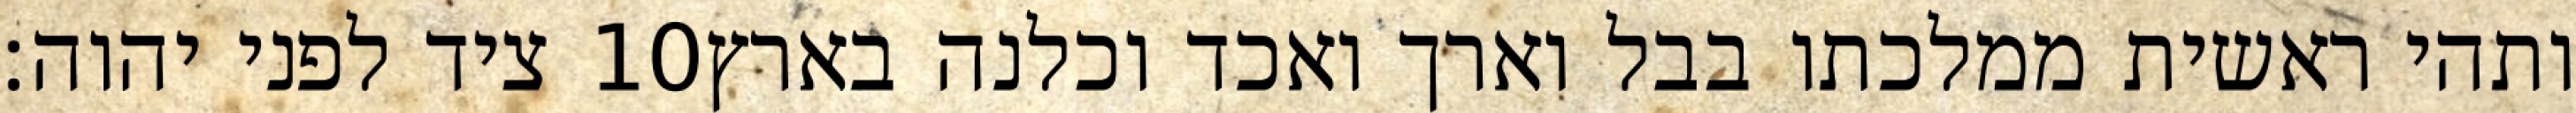
ציד לפני יהוה׃ ‎10‏ ותהי ראשית ממלכתו בבל וארך ואכד וכלנה בארץ